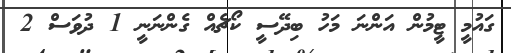
ގައުމީ ޓީމުން އަންނަ މަހު ބިދޭސީ ކޯޗެއް ގެންނަނީ 1 ދުވަސް 2